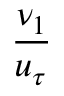
\frac { \nu _ { 1 } } { u _ { \tau } }